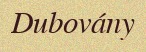
Dubovány